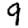
Digit: 9